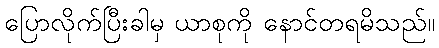
ပြောလိုက်ပြီးခါမှ ယာစုကို နောင်တရမိသည်။